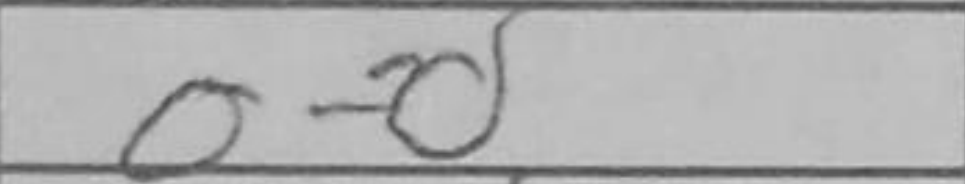
Transcription: O-O